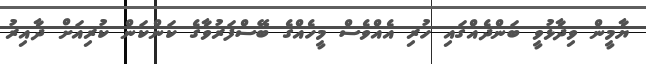
ޔާމީން ވިދާޅުވީ ބަންދެއްގައި ހުރި އެއްވެސް މީހެއްގެ ބޭސްފަރުވާގެ ކަންކަން ކުރިއަށް ދާއިރު